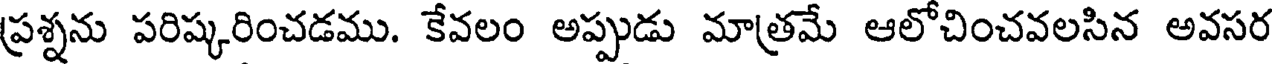
ప్రశ్నను పరిష్కరించడము. కేవలం అప్పుడు మాత్రమే ఆలోచించవలసిన అవసర